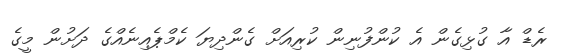
ރެޑް އާ ގުޅިގެން އެ ކުންފުނިން ކުރިއަަށް ގެންދިޔަ ކެމްޕެއިނެއްގެ ދަށުން މީގެ